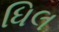
ધિલ